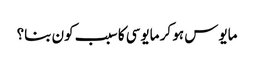
مایوس ہو کر مایوسی کا سبب کون بنا؟